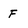
Character: F